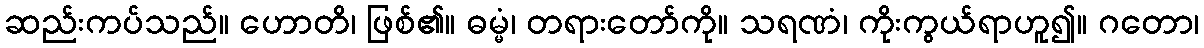
ဆည်းကပ်သည်။ ဟောတိ၊ ဖြစ်၏။ ဓမ္မံ၊ တရားတော်ကို။ သရဏံ၊ ကိုးကွယ်ရာဟူ၍။ ဂတော၊